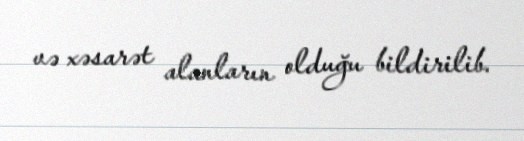
və xəsarət alanların olduğu bildirilib.